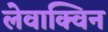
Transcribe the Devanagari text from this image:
लेवाक्विन